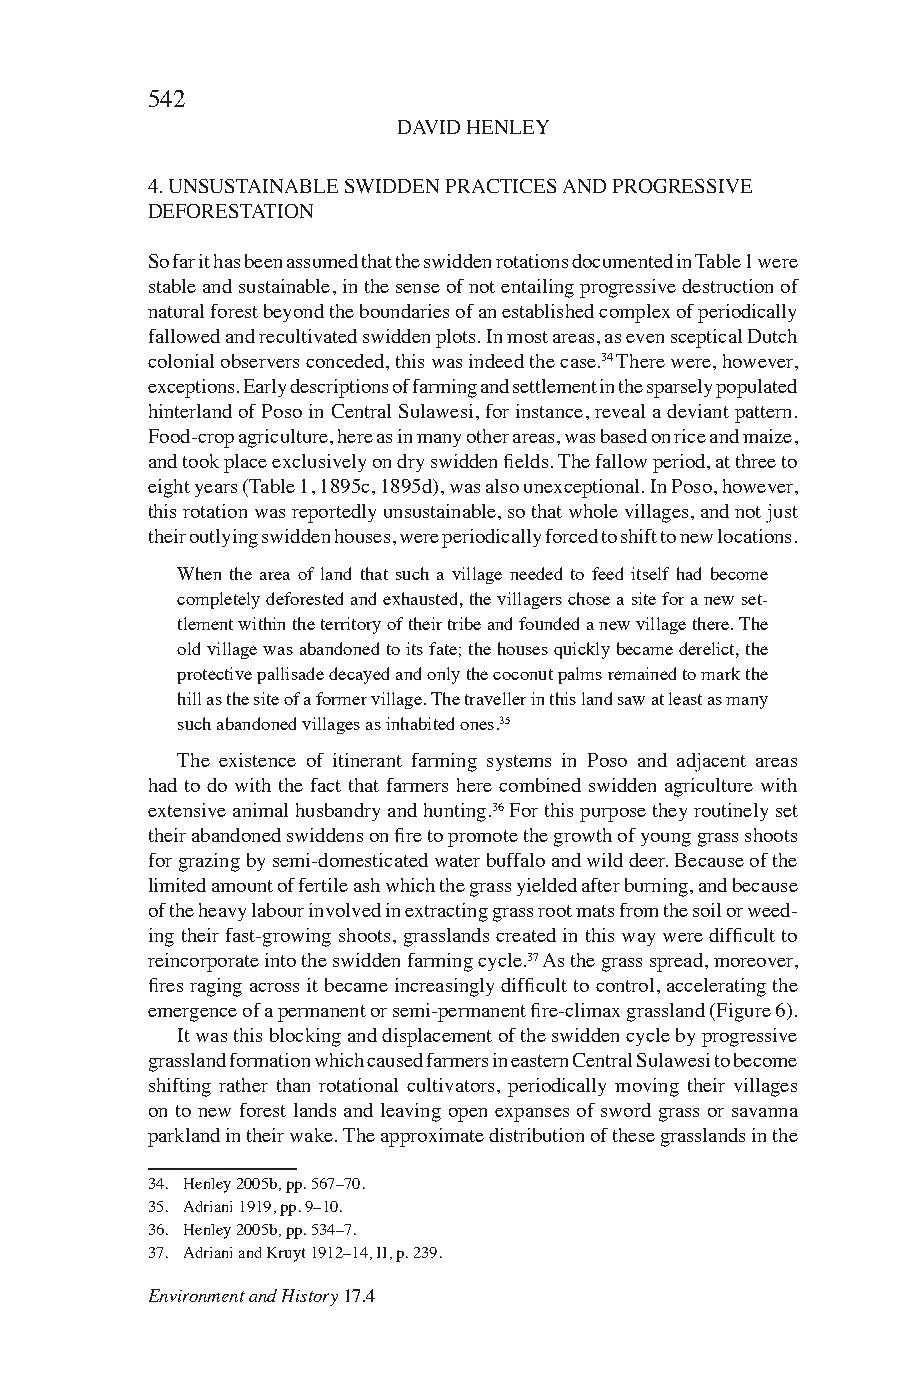
542
 DAVID HENLEY
 4. UNSUSTAINABLE SWIDDEN PRACTICES AND PROGRESSIVE
 DEFORESTATION
 So far it has been assumed that the swidden rotations documented in Table 1 were
 stable and sustainable, in the sense of not entailing progressive destruction of
 natural forest beyond the boundaries of an established complex of periodically
 fallowed and recultivated swidden plots. In most areas, as even sceptical Dutch
 colonial observers conceded, this was indeed the case.34 There were, however,
 exceptions. Early descriptions of farming and settlement in the sparsely populated
 hinterland of Poso in Central Sulawesi, for instance, reveal a deviant pattern.
 Food-crop agriculture, here as in many other areas, was based on rice and maize,
 and took place exclusively on dry swidden fields. The fallow period, at three to
 eight years (Table 1, 1895c, 1895d), was also unexceptional. In Poso, however,
 this rotation was reportedly unsustainable, so that whole villages, and not just
 their outlying swidden houses, were periodically forced to shift to new locations.
 When the area of land that such a village needed to feed itself had become
 completely deforested and exhausted, the villagers chose a site for a new set-
 tlement within the territory of their tribe and founded a new village there. The
 old village was abandoned to its fate; the houses quickly became derelict, the
 protective pallisade decayed and only the coconut palms remained to mark the
 hill as the site of a former village. The traveller in this land saw at least as many
 such abandoned villages as inhabited ones.35
 The existence of itinerant farming systems in Poso and adjacent areas
 had to do with the fact that farmers here combined swidden agriculture with
 extensive animal husbandry and hunting.36 For this purpose they routinely set
 their abandoned swiddens on fire to promote the growth of young grass shoots
 for grazing by semi-domesticated water buffalo and wild deer. Because of the
 limited amount of fertile ash which the grass yielded after burning, and because
 of the heavy labour involved in extracting grass root mats from the soil or weed-
 ing their fast-growing shoots, grasslands created in this way were difficult to
 reincorporate into the swidden farming cycle.37 As the grass spread, moreover,
 fires raging across it became increasingly difficult to control, accelerating the
 emergence of a permanent or semi-permanent fire-climax grassland (Figure 6).
 It was this blocking and displacement of the swidden cycle by progressive
 grassland formation which caused farmers in eastern Central Sulawesi to become
 shifting rather than rotational cultivators, periodically moving their villages
 on to new forest lands and leaving open expanses of sword grass or savanna
 parkland in their wake. The approximate distribution of these grasslands in the
 34. Henley 2005b, pp. 567–70.
 35. Adriani 1919, pp. 9–10.
 36. Henley 2005b, pp. 534–7.
 37. Adriani and Kruyt 1912–14, II, p. 239.
 Environment and History 17.4